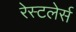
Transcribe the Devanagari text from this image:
रेस्टलेर्स